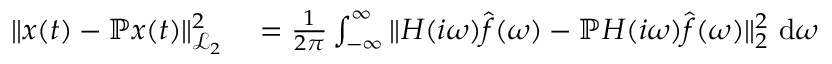
\begin{array} { r l } { \| \b { x } ( t ) - \mathbb { P } \b { x } ( t ) \| _ { \mathcal { L } _ { 2 } } ^ { 2 } } & { { } = \frac { 1 } { 2 \pi } \int _ { - \infty } ^ { \infty } \| \b { H } ( i \omega ) \hat { \b { f } } ( \omega ) - \mathbb { P } \b { H } ( i \omega ) \hat { \b { f } } ( \omega ) \| _ { 2 } ^ { 2 } ~ \mathrm { d } \omega } \end{array}